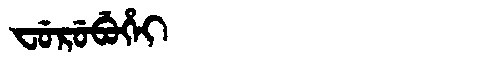
Manchu: ᠸᡠᡵᡠᠪᡠᡥᡝᡳ
Romanization: FURUBUHEI